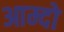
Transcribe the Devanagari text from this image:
आम्दो